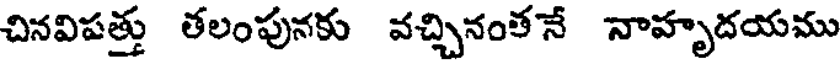
చినవిపత్తు తలంపునకు వచ్చినంత నే నాహృదయము